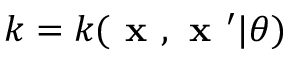
k = k ( \textbf { x } , \textbf { x } ^ { \prime } | \boldsymbol { \theta } )